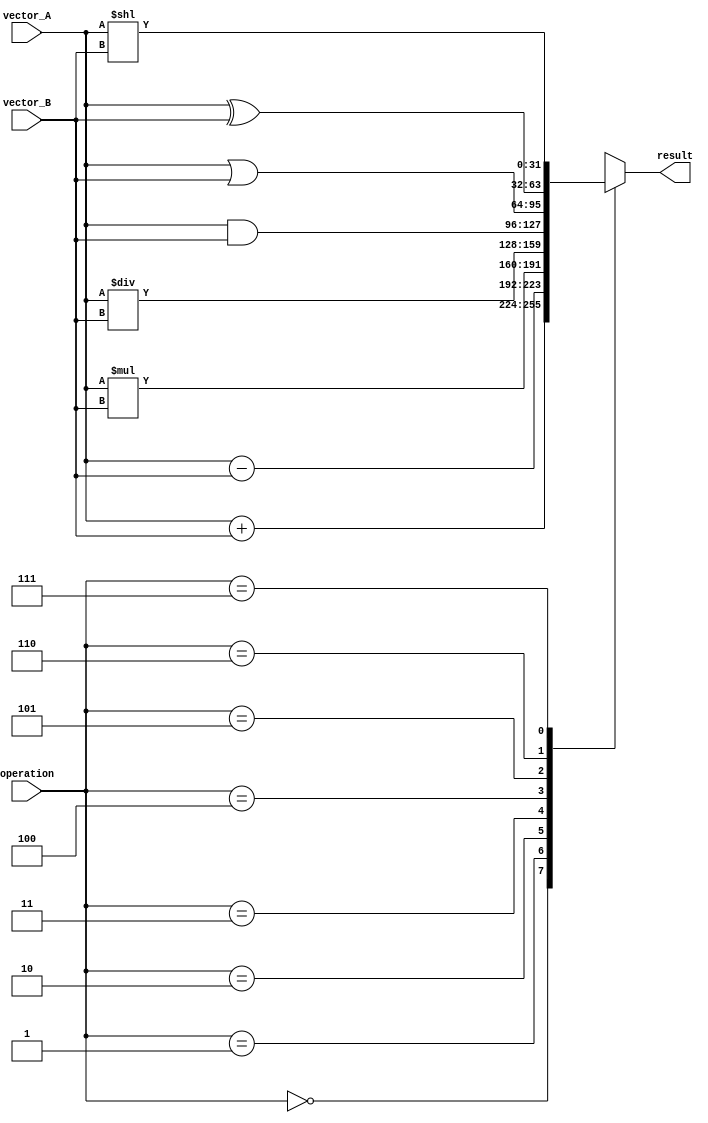
module VectorALU (
    input [31:0] vector_A,
    input [31:0] vector_B,
    input [2:0] operation,
    output reg [31:0] result
);

always @(*) begin
    case(operation)
        3'b000: result = vector_A + vector_B; // addition
        3'b001: result = vector_A - vector_B; // subtraction
        3'b010: result = vector_A * vector_B; // multiplication
        3'b011: result = vector_A / vector_B; // division
        3'b100: result = vector_A & vector_B; // bitwise AND
        3'b101: result = vector_A | vector_B; // bitwise OR
        3'b110: result = vector_A ^ vector_B; // bitwise XOR
        3'b111: result = vector_A << vector_B; // left shift
    endcase
end

endmodule